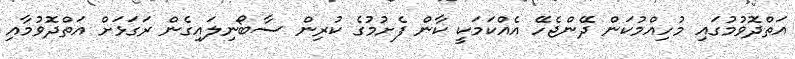
އަތްދޮވުމުގައި މުހިއްމުކަން ދޭންޖެހޭ އެއްކަމަކީ ކާން ފެށުމުގެ ކުރިން ސާބޯނިލައިގެން ރަގަޅަށް އަތްދޮވުމާއި